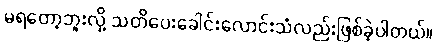
မရတော့ဘူးလို့ သတိပေးခေါင်းလောင်းသံလည်းဖြစ်ခဲ့ပါတယ်။